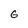
Character: 6